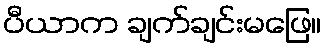
ပီယာက ချက်ချင်းမဖြေ။